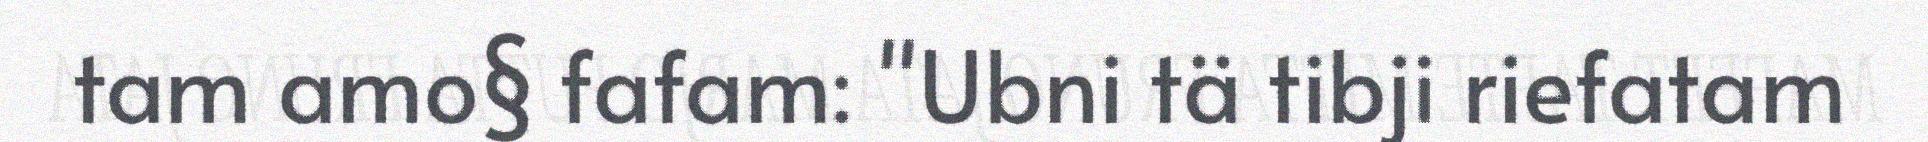
tam amo§ fafam: "Ubni tä tibji riefatam